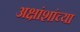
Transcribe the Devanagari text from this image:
अक्षांशांच्या